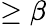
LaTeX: \ge\beta